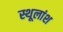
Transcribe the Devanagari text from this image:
स्थूलांश